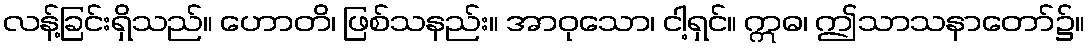
လန့်ခြင်းရှိသည်။ ဟောတိ၊ ဖြစ်သနည်း။ အာဝုသော၊ ငါ့ရှင်။ ဣဓ၊ ဤသာသနာတော်၌။